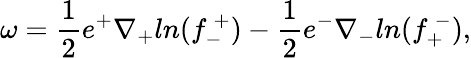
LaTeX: \omega={\frac{1}{2}}e^{+}\nabla_{+}ln(f_{-}^{~+})-{\frac{1}{2}}e^{-}\nabla_{-}ln(f_{+}^{~-}),